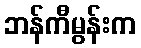
ဘန်ကီမွန်းက